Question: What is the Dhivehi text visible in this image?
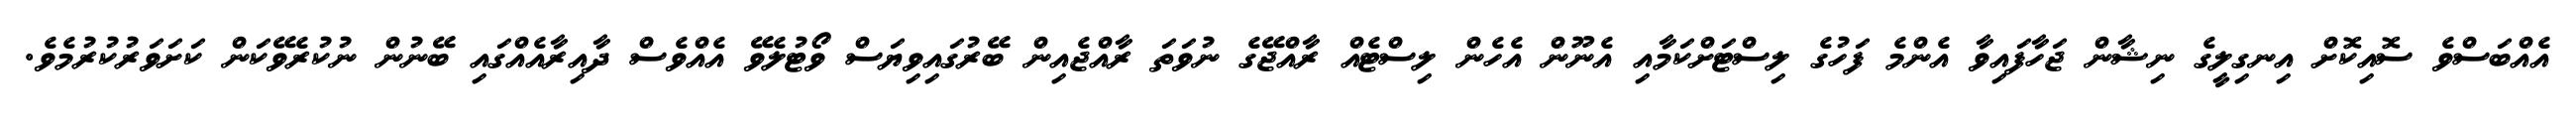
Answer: އެއްބަސްވެ ސޮއިކޮށް އިނގިލީގެ ނިޝާން ޖަހާފައިވާ އެންމެ ފަހުގެ ލިސްޓަށްކަމާއި އެނޫން އެހެން ލިސްޓެއް ރާއްޖޭގެ ނުވަތަ ރާއްޖެއިން ބޭރުގައިވިޔަސް ވޯޓުލެވޭ އެއްވެސް ދާއިރާއެއްގައި ބޭނުން ނުކުރެވޭކަން ކަށަވަރުކުރުމެވެ.